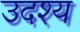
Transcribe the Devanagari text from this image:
उदश्य